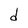
Character: d